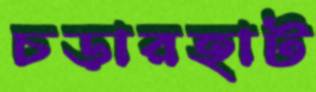
চড়ারহাট